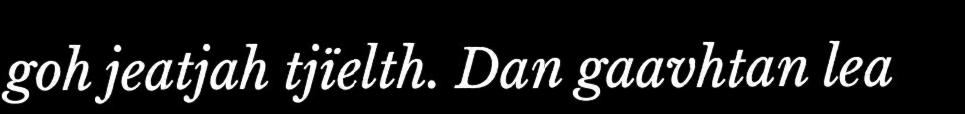
goh jeatjah tjïelth. Dan gaavhtan lea